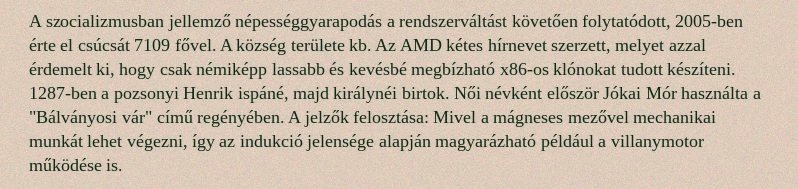
A szocializmusban jellemző népességgyarapodás a rendszerváltást követően folytatódott, 2005-ben érte el csúcsát 7109 fővel. A község területe kb. Az AMD kétes hírnevet szerzett, melyet azzal érdemelt ki, hogy csak némiképp lassabb és kevésbé megbízható x86-os klónokat tudott készíteni. 1287-ben a pozsonyi Henrik ispáné, majd királynéi birtok. Női névként először Jókai Mór használta a "Bálványosi vár" című regényében. A jelzők felosztása: Mivel a mágneses mezővel mechanikai munkát lehet végezni, így az indukció jelensége alapján magyarázható például a villanymotor működése is.